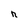
Character: n